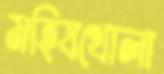
মহিষখোলা